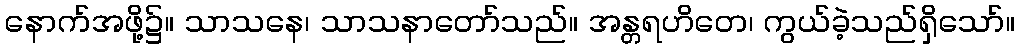
နောက်အဖို့၌။ သာသနေ၊ သာသနာတော်သည်။ အန္တရဟိတေ၊ ကွယ်ခဲ့သည်ရှိသော်။